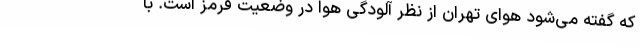
که گفته می‌شود هوای تهران از نظر آلودگی هوا در وضعیت قرمز است. با